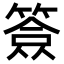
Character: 𥱣